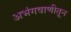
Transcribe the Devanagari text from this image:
अभंगवाणीतून